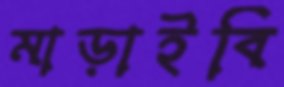
মাড়াইবি